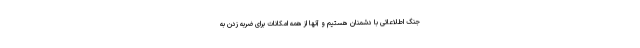
جنگ اطلاعاتی با دشمنان هستیم و آنها از همه امکانات برای ضربه زدن به